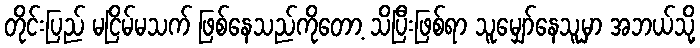
တိုင်းပြည် မငြိမ်မသက် ဖြစ်နေသည်ကိုတော့ သိပြီးဖြစ်ရာ သူမျှော်နေသူမှာ အဘယ်သို့